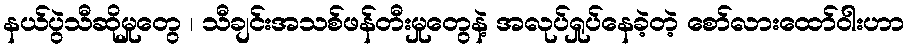
နယ်ပွဲသီဆိုမှုတွေ ၊ သီချင်းအသစ်ဖန်တီးမှုတွေနဲ့ အလုပ်ရှုပ်နေခဲ့တဲ့ စော်လားထော်ဝါးဟာ